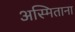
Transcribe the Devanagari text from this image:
अस्मिताना